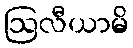
ဩလီယာမိ